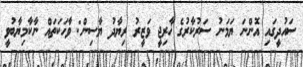
ސައުދީގައި އޮންނަ ޔަމަނު ސަރުކާރުގެ ޚާރިޖީ ވަޒީރު ރިޔާދު ޔާސިން: ވާހަކަތައް ނާކާމިޔާބުވީ